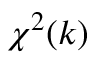
\chi ^ { 2 } ( k )